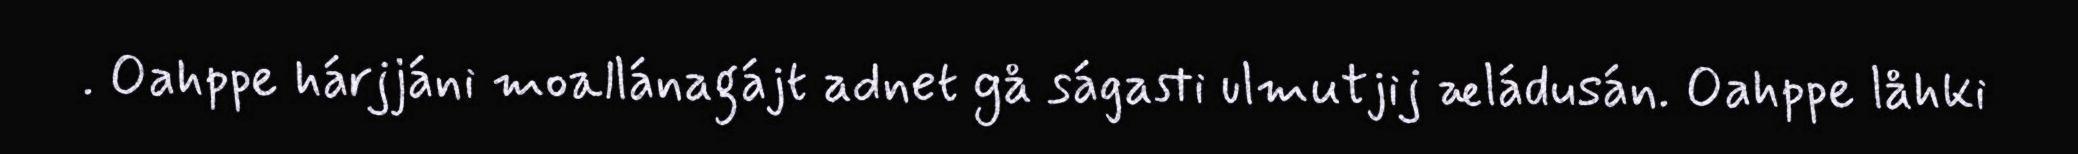
. Oahppe hárjjáni moallánagájt adnet gå ságasti ulmutjij æládusán. Oahppe låhki